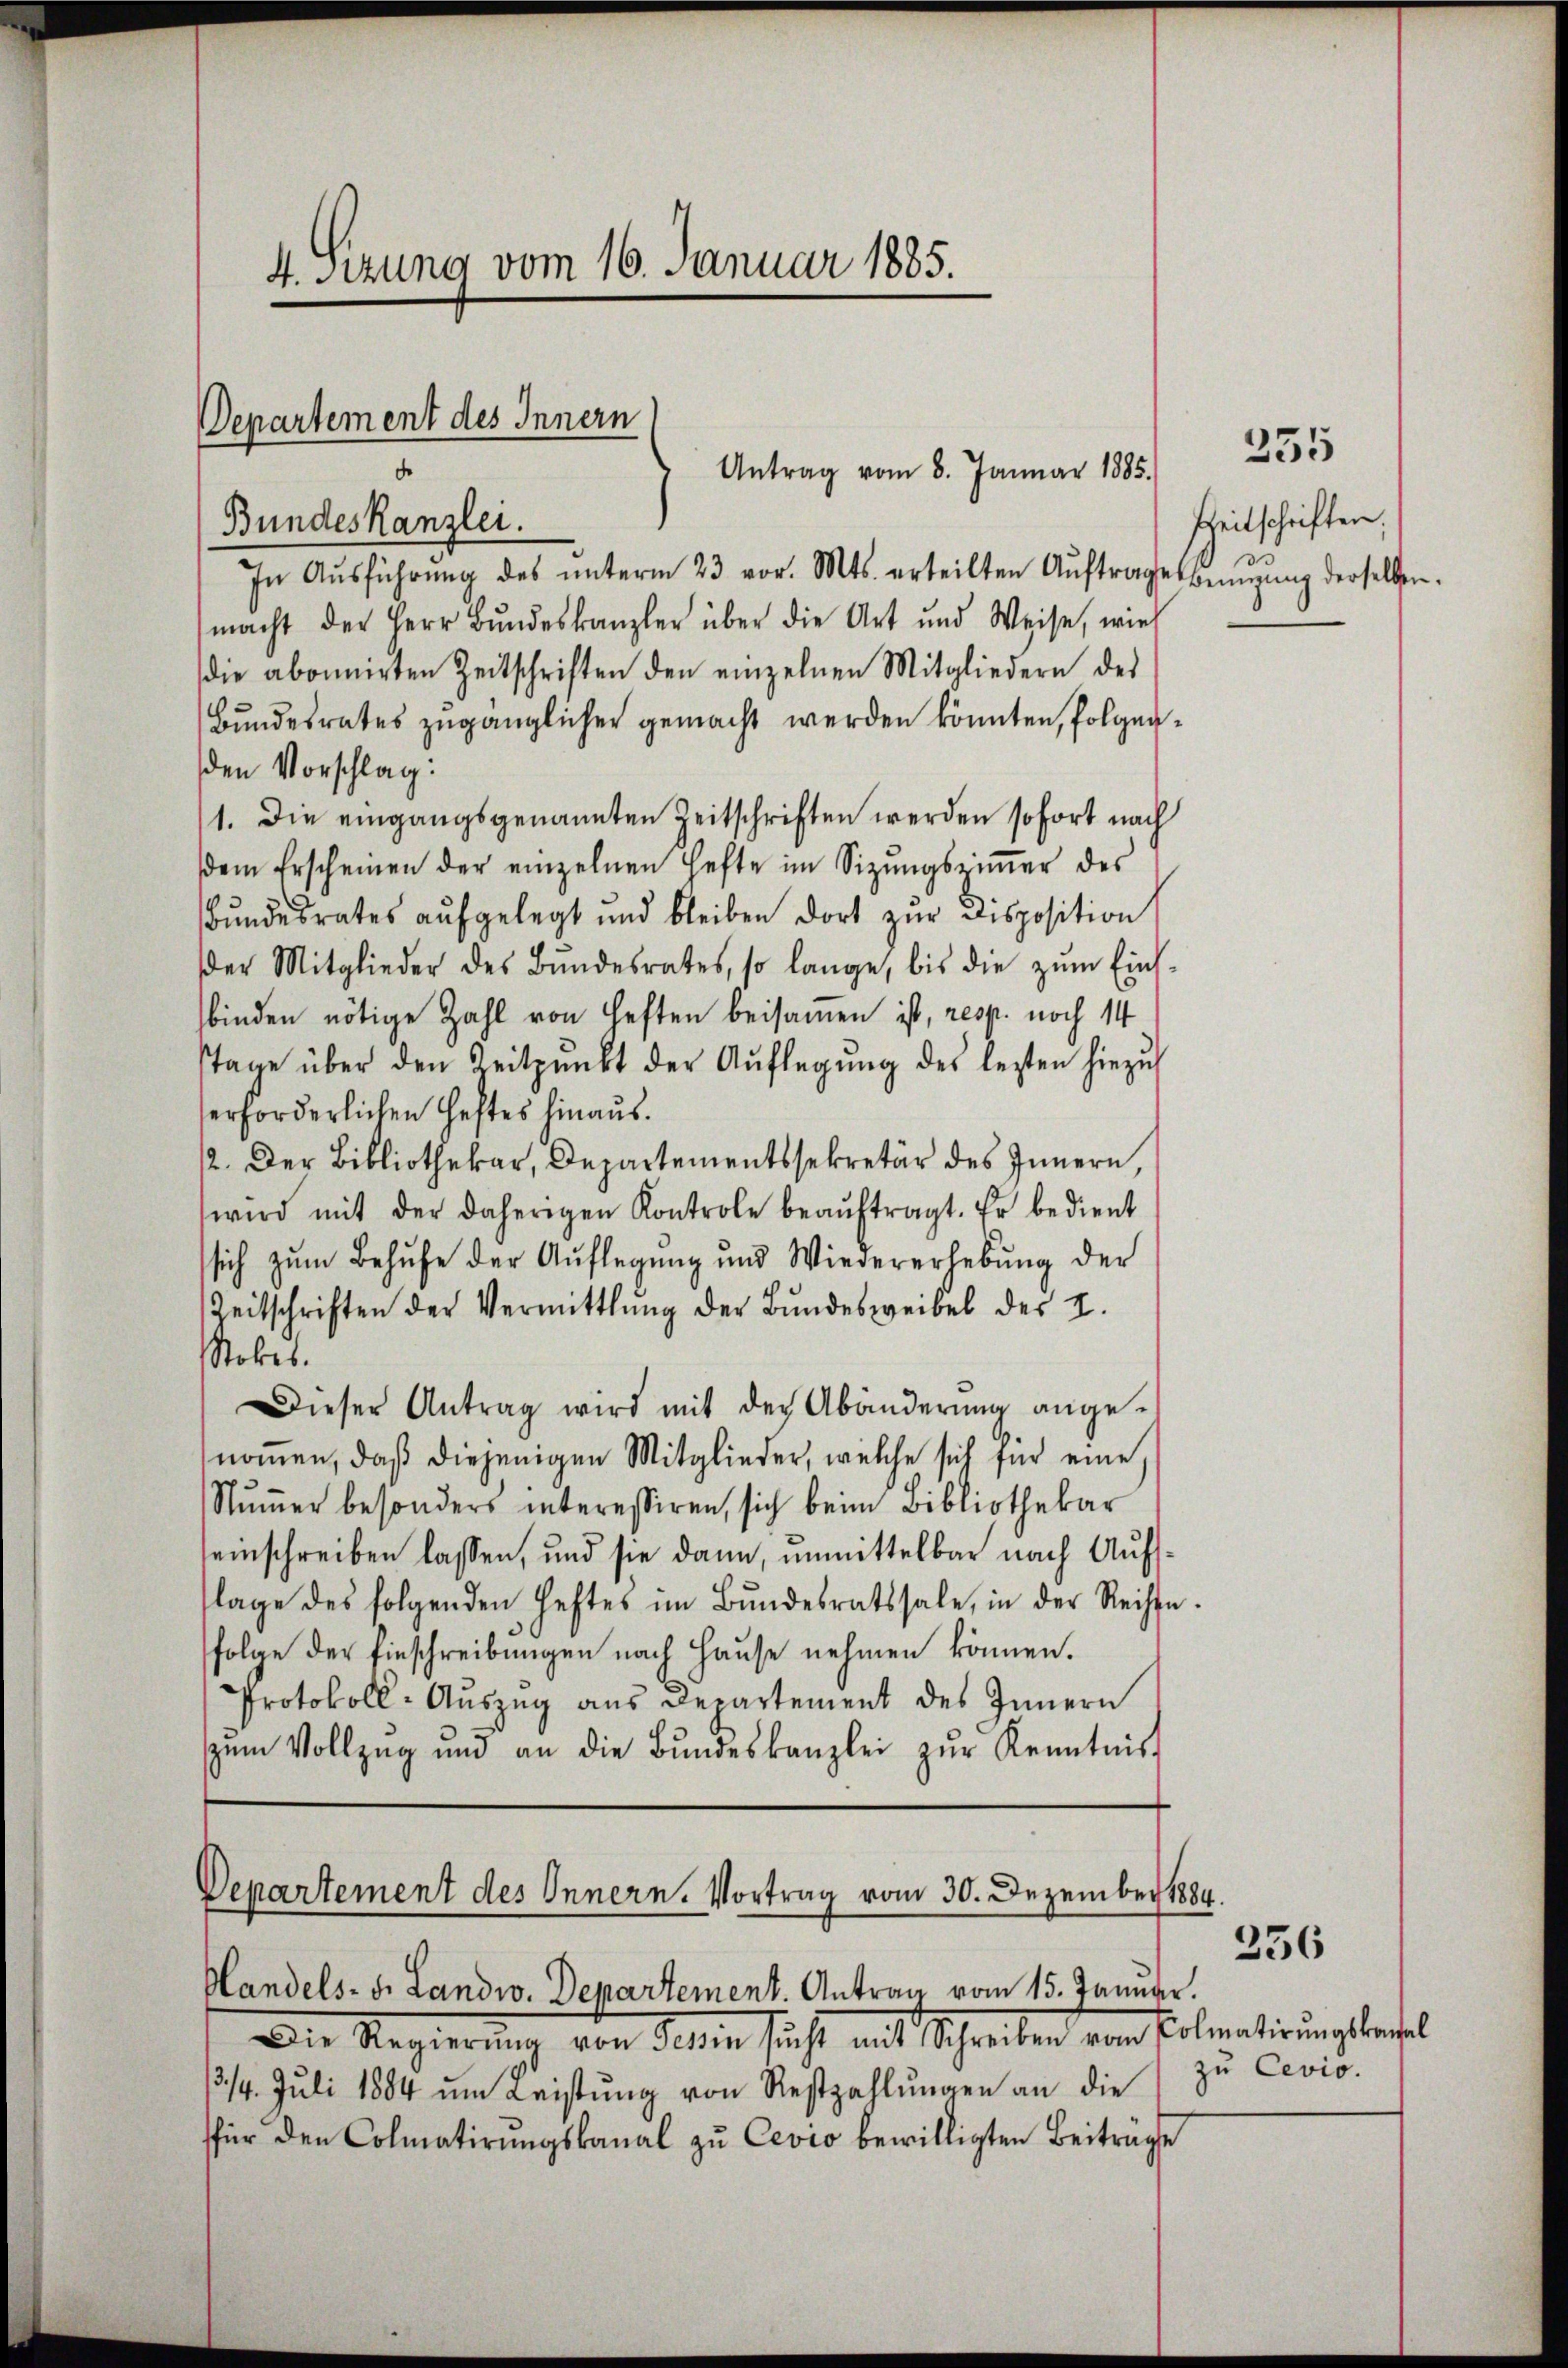
4. Sizung vom 16. Januar 1885.

Departement des Innern
Antrag vom 8. Januar 1885.

Bundeskanzlei.
In Aŭsführŭng des ŭnterm 23 vor. Mts. erteilten Aŭftrages benŭgŭng derselben.
macht der Herr Bŭndeskanzler über die Art und Weise, wie
die abonnirten Zeitschriften den einzelnen Mitgliedern des
Bŭndesrates zugänglicher gemacht werden könnten, folgenden Vorschlag:
11. Die eingangsgenannten Zeitschriften werden sofort nach
dem Erscheinen der einzelnen Hefte im Sizŭngsziṁer des
Bundesrates aufgelegt und bleiben dort zur Disposition
der Mitglieder des Bŭndesrates, so lange, bis die zŭm Eins-
binden nötige Zahl von Heften beisamen ist, resp. noch 14
stage über den Zeitpunkt der Aŭflegŭng des lezten hiezŭ
erforderlichen Heftes hinaus.
12. Der Bibliothekar, Departementssekretär des Innern,
wird mit der daherigen Kontrole beaŭftragt. Er bedient
sich zum Behufe der Auflegung und Wiedererhebung der
Zeitschriften der Vermittlung der Bundesweibel des I.
Rokes.
Dieser Antrag wird mit der Abänderŭng ange-
nomen, daß diejenigen Mitglieder, welche sich für eine
Nŭṁer besonders interessiren, sich beim Bibliothekar
seinschreiben lassen, und sie dann, unmittelbar nach Aufslage des folgenden Heftes im Bŭndesratssale, in der Rechte.
folge der Einschreibungen nach Hause nehmen können.
Protokoll-Auszug aus Departement des Innern
zŭm Vollzug und an die Bŭndeskanzlei zŭr Kenntnis

Departement des Innern. Vortrag vom 30. Dezember 1884.
Handels- u. Landw. Departement. Antrag vom 15. Januar.

Die Regierung von dein sicht mit Schreiben vom Colmetirungsratel
3/4. Juli 1884 ŭm Leistŭng von Restzahlŭngen an die
für den Colmatirungskanal zu Cevio bewilligten Beiträge

335

freitschriften;

zu Cevio.

256